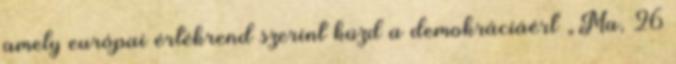
amely európai értékrend szerint küzd a demokráciáért „Ma, 26